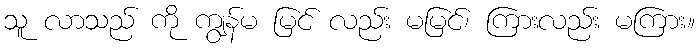
သူ လာသည် ကို ကျွန်မ မြင် လည်း မမြင်၊ ကြားလည်း မကြား။